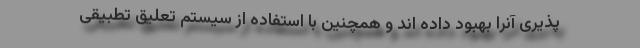
پذیری آنرا بهبود داده اند و همچنین با استفاده از سیستم تعلیق تطبیقی